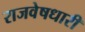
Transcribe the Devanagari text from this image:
राजवेषधारी